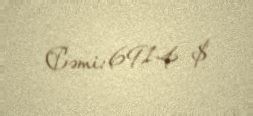
Cəmi: 6914 $